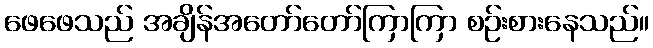
ဖေဖေသည် အချိန်အတော်တော်ကြာကြာ စဉ်းစားနေသည်။